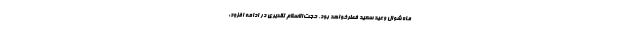
ماه شوال وعید سعید فطرخواهد بود. حجت‌الاسلام تقدیری در ادامه افزود: